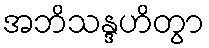
အဘိသန္ဒဟိတွာ